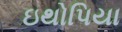
ઇથોપિયા